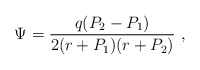
\begin{align*}\Psi={q (P_2 - P_1) \over 2 (r+P_1) (r + P_2) } \ ,\end{align*}